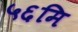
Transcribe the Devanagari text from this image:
५६मि